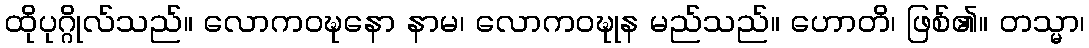
ထိုပုဂ္ဂိုလ်သည်။ လောကဝဍ္ဎနော နာမ၊ လောကဝဍ္ဎုန မည်သည်။ ဟောတိ၊ ဖြစ်၏။ တသ္မာ၊